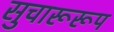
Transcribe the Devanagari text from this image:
सुचारूरूप